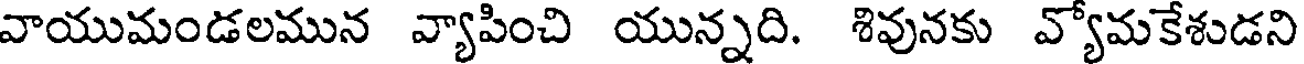
వాయుమండలమున వ్యాపించి యున్నది. శివునకు వ్యోమకేశుడని